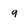
Character: 9